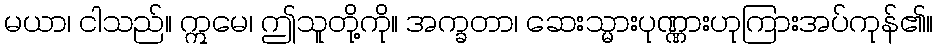
မယာ၊ ငါသည်။ ဣမေ၊ ဤသူတို့ကို။ အက္ခတာ၊ ဆေးသ္မားပုဏ္ဏားဟုကြားအပ်ကုန်၏။